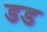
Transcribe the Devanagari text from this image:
डड